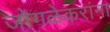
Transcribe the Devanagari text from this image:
जोगळेकरांना